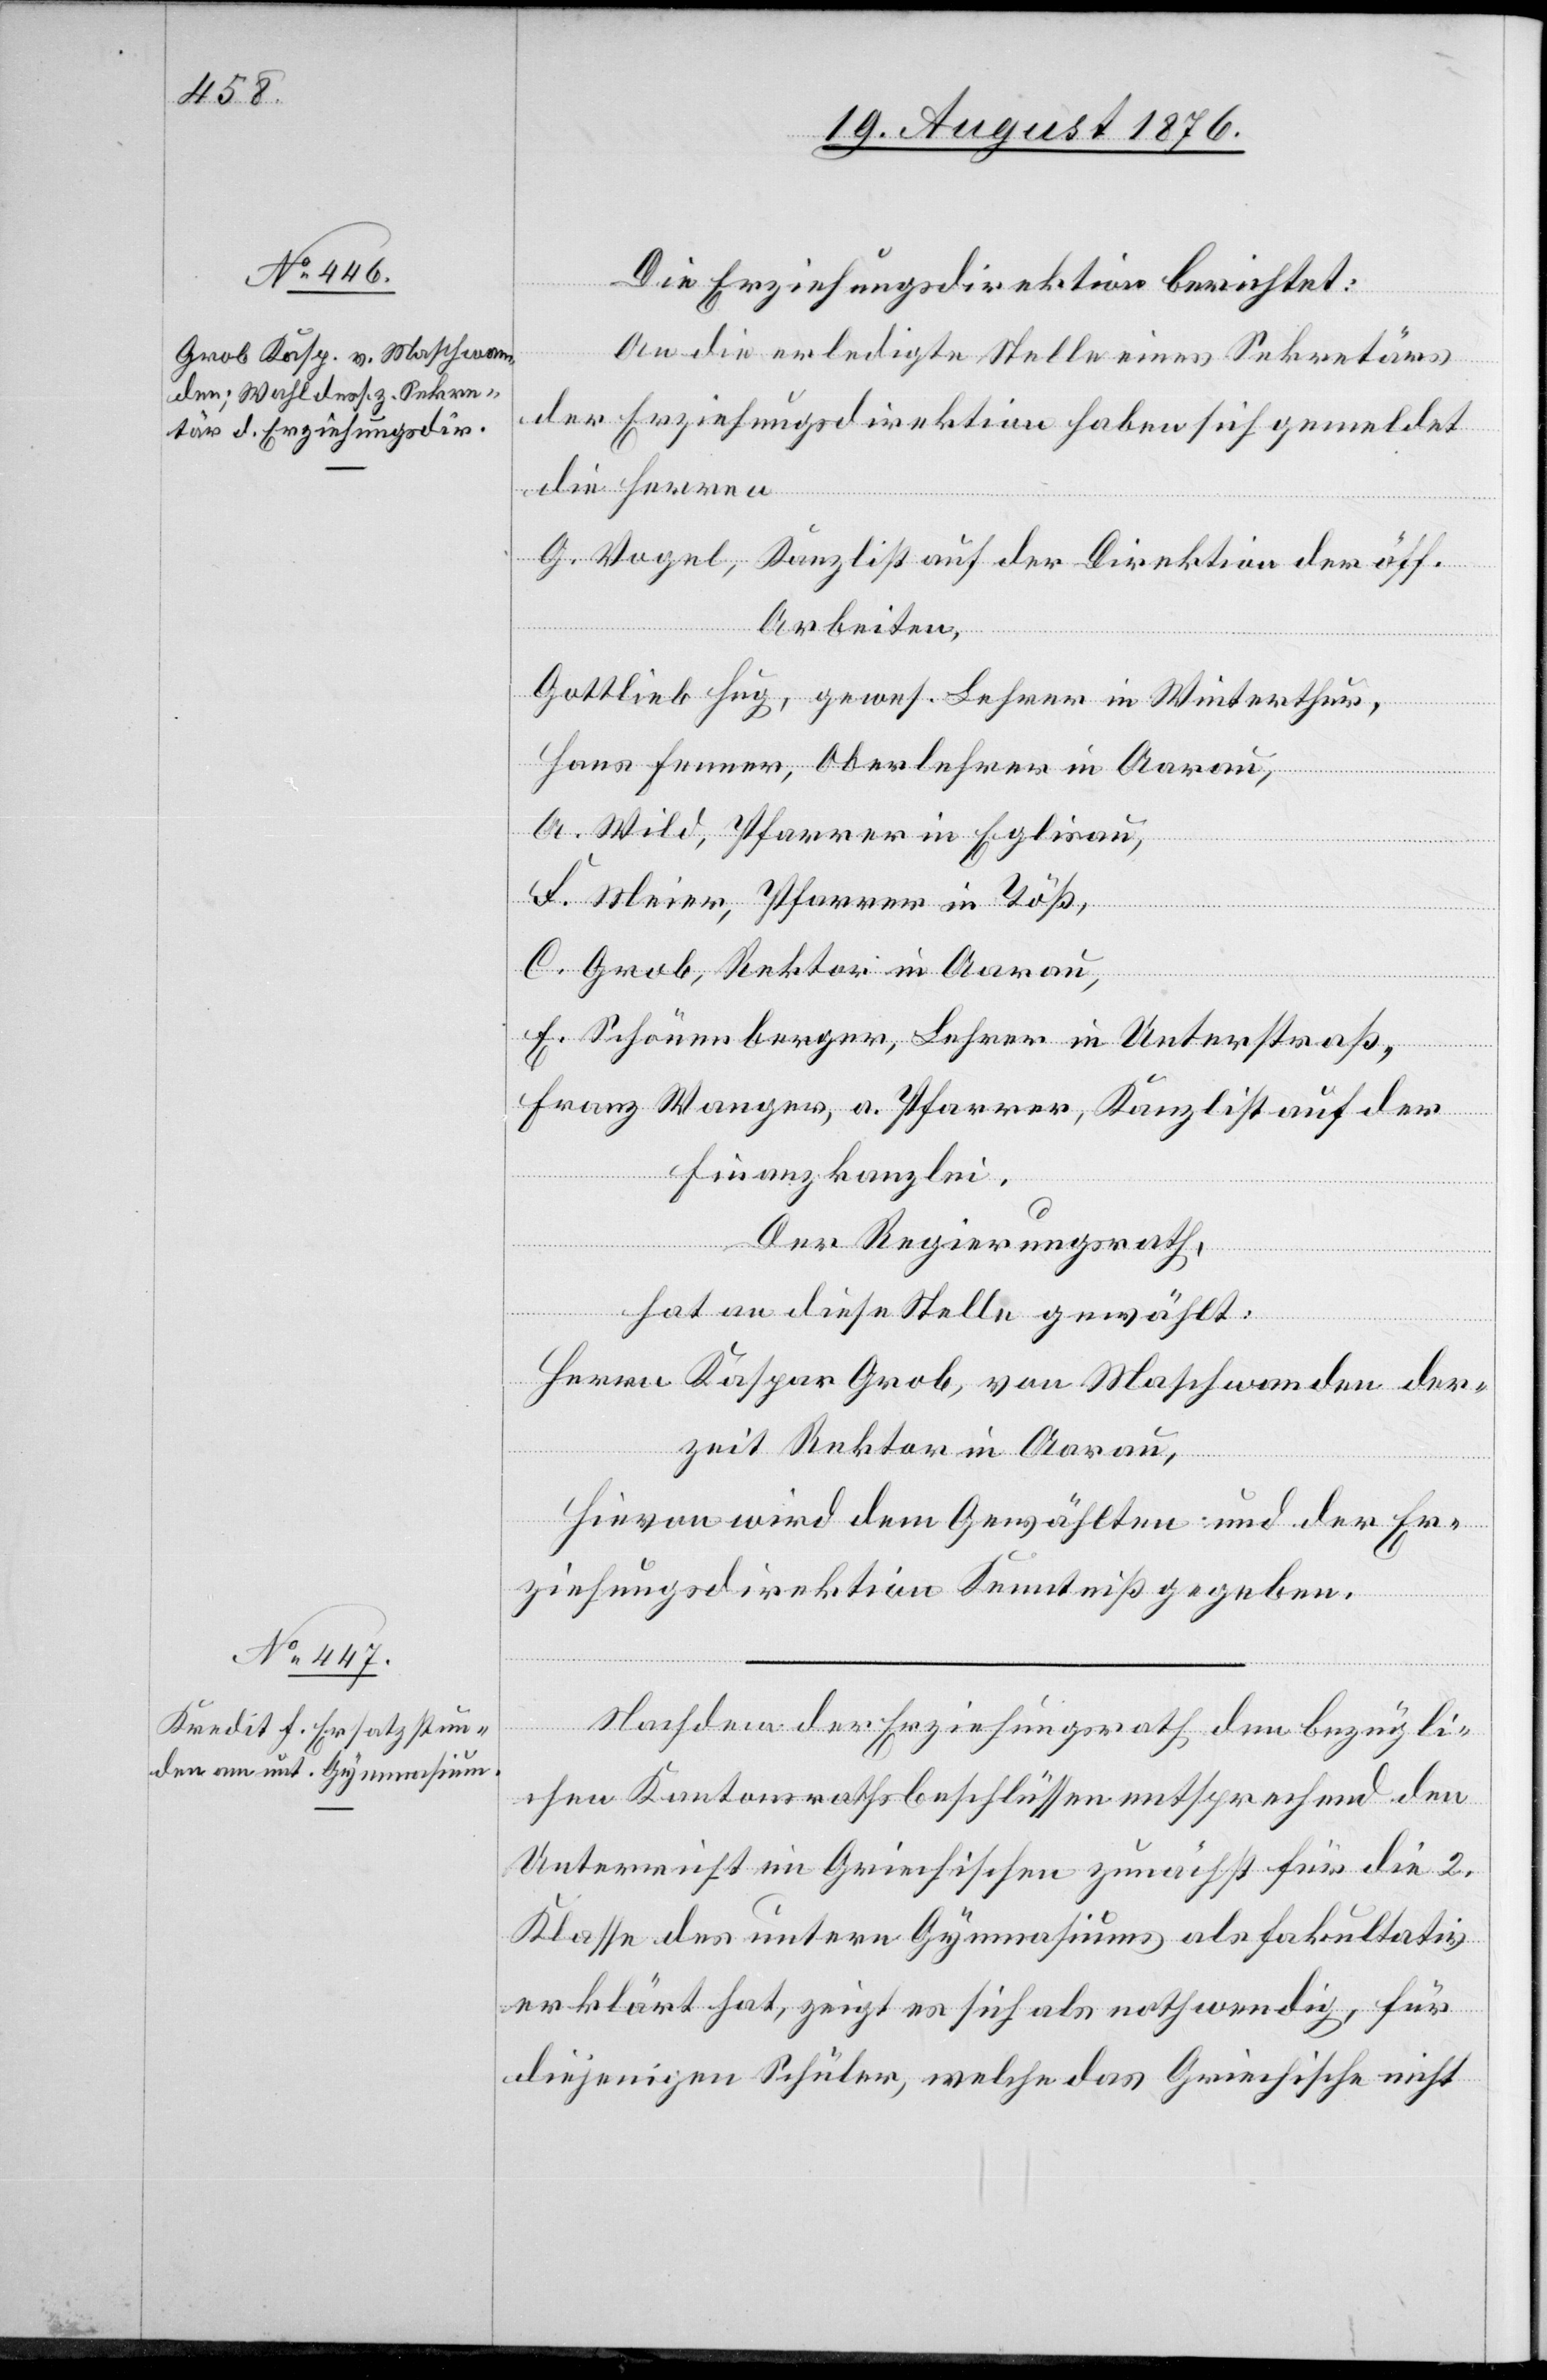
Die Erziehungsdirektion berichtet:
An die erledigte Stelle eines Sekretärs
der Erziehungsdirektion haben sich gemeldet
die Herren
G. Vogel, Kanzlist auf der Direktion der öff.
Arbeiten,
Gottlieb Hug, gewes. Lehrer in Winterthur,
Hans Fenner, Oberlehrer in Aarau,
A. Wild, Pfarrer in Eglisau,
F. Meier, Pfarrer in Töß,
C. Grob, Rektor in Aarau,
E. Schönenberger, Lehrer in Unterstraß,
Franz Wanger, a. Pfarrer, Kanzlist auf der
Finanzkanzlei.
Der Regierungsrath,
hat an diese Stelle gewählt:
Herrn Kaspar Grob, von Maschwanden der¬
zeit Rektor in Aarau.
Hievon wird dem Gewählten und der Er¬
ziehungsdirektion Kenntniß gegeben.
Nachdem der Erziehungsdirektion den bezügli¬
chen Kantonsrathsbeschlüssen entsprechend den
Unterricht im Griechischen zunächst für die 2.
Klasse des untern Gymnasiums als fakultativ
erklärt hat, zeigt es sich als nothwendig, für
diejenigen Schüler, welche das Griechische nicht